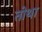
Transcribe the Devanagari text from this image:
तोथा